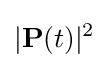
|{\mathbf {P} }(t)|^{2}